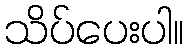
သိပ်ပေးပါ။